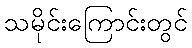
သမိုင်းကြောင်းတွင်